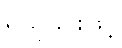
ရယူခြင်းဖြင့်